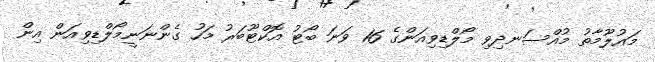
މައުލޫމާތު މުއްސަނދިވި މޯލްޑިވިއަންގެ 16 ވަނަ ބޯޓު އޮކްޓޫބަރު މަހު ގެންނަނީމޯލްޑިވިއަން އިން